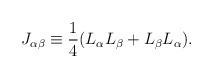
\begin{align*}J_{\alpha\beta}\equiv \frac{1}{4}(L_{\alpha}L_{\beta}+L_{\beta}L_{\alpha}).\end{align*}